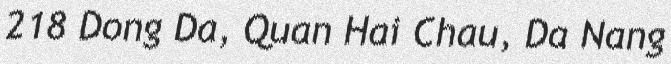
218 Dong Da, Quan Hai Chau, Da Nang